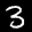
Label: 3